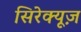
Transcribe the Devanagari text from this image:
सिरेक्यूज़